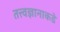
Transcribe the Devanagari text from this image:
तत्त्वज्ञानाकडे